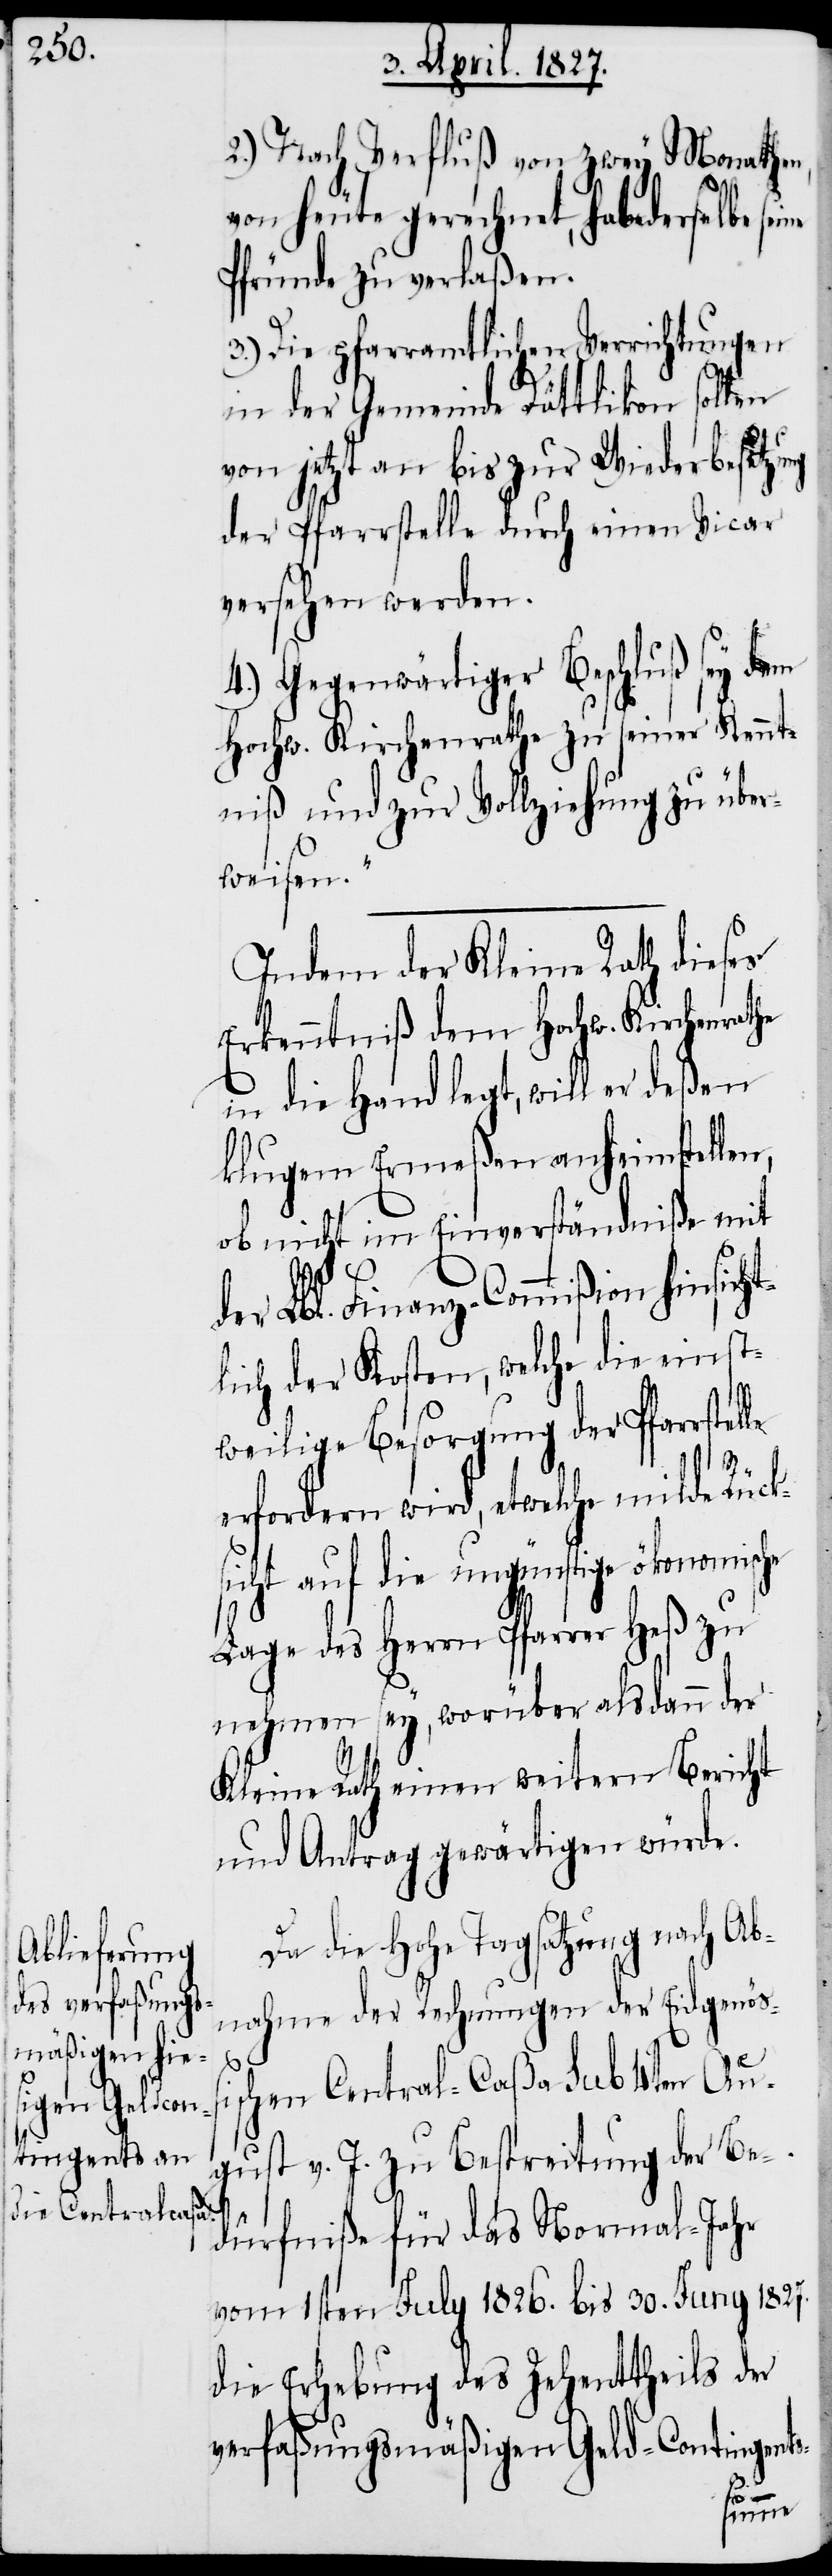
le

2.) Nach Verfluß von zwey Monathen,
von heute gerechnet, habe derselbe sei¬
Pfründe zu verlaßen.
3.) Die pfarramtlichen Verrichtungen
in der Gemeinde Dättlikon sollen
von jetzt an bis zur Wiederbesetzung
der Pfarrstelle durch einen Vicar
versehen werden.
4.) Gegenwärtiger Beschluß sey dem
Hochw. Kirchenrathe zu seiner Kennt¬
niß und zur Vollziehung zu über¬
weisen.
Indem der Kleine Rath dieses
Erkenntniß dem Hochw. Kirchenrathe
in die Hand legt, will er
klugen Ermeßen anheimstellen,
ob nicht im Einverständniße mit
der Lbl. Finanz-Commißion hinsich¬
lich der Kosten, welche die einst¬
weilige Besorgung der Pfarrstel¬
erfordern wird, etwelche milde Rücks¬
ichten auf die ungünstige ökonomische
Lage des Herrn Pfarrer Heß zu
nehmen sey, worüber alsdann der
Kleine Rath einen weitern Bericht
und Antrag gewärtigen würde.
Da die Hohe Tagsatzung nach Ab¬
nahme der Rechnungen der Eidgenößi¬
schen Central-Caßa sub 4ten Au¬
gust v. J. zu Bestreitung der Be¬
dürfniße für das Normal-Jahr
vom 1sten July 1826. bis 30. Juny 1827.
die Erhebung des Zehenttheils der
verfaßungsmäßigen Geld-Contingents-
ne